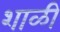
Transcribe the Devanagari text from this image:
शाळी